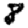
Digit: 8